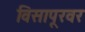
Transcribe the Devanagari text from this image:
विसापूरवर